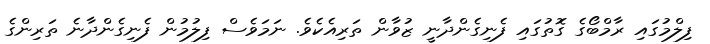
ފިލްމުގައި ރާމްބޯގެ ގޮތުގައި ފެނިގެންދާނީ ޒުވާން ތަރިއެކެވެ. ނަމަވެސް ފިލުމުން ފެނިގެންދާނެ ތަރިންގެ